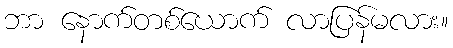
ဘာ နောက်တစ်ယောက် လာပြန်မလား။